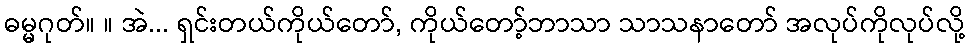
ဓမ္မဂုတ်။ ။ အဲ... ရှင်းတယ်ကိုယ်တော်, ကိုယ်တော့်ဘာသာ သာသနာတော် အလုပ်ကိုလုပ်လို့